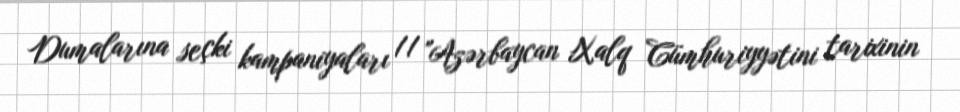
Dumalarına seçki kampaniyaları // "Azərbaycan Xalq Cümhuriyyətini tarixinin